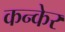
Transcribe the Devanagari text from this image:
कन्केर